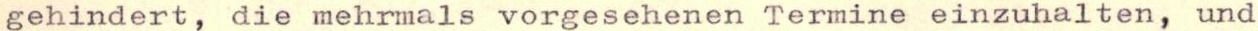
gehindert, die mehrmals vorgesehenen Termine einzuhalten, und